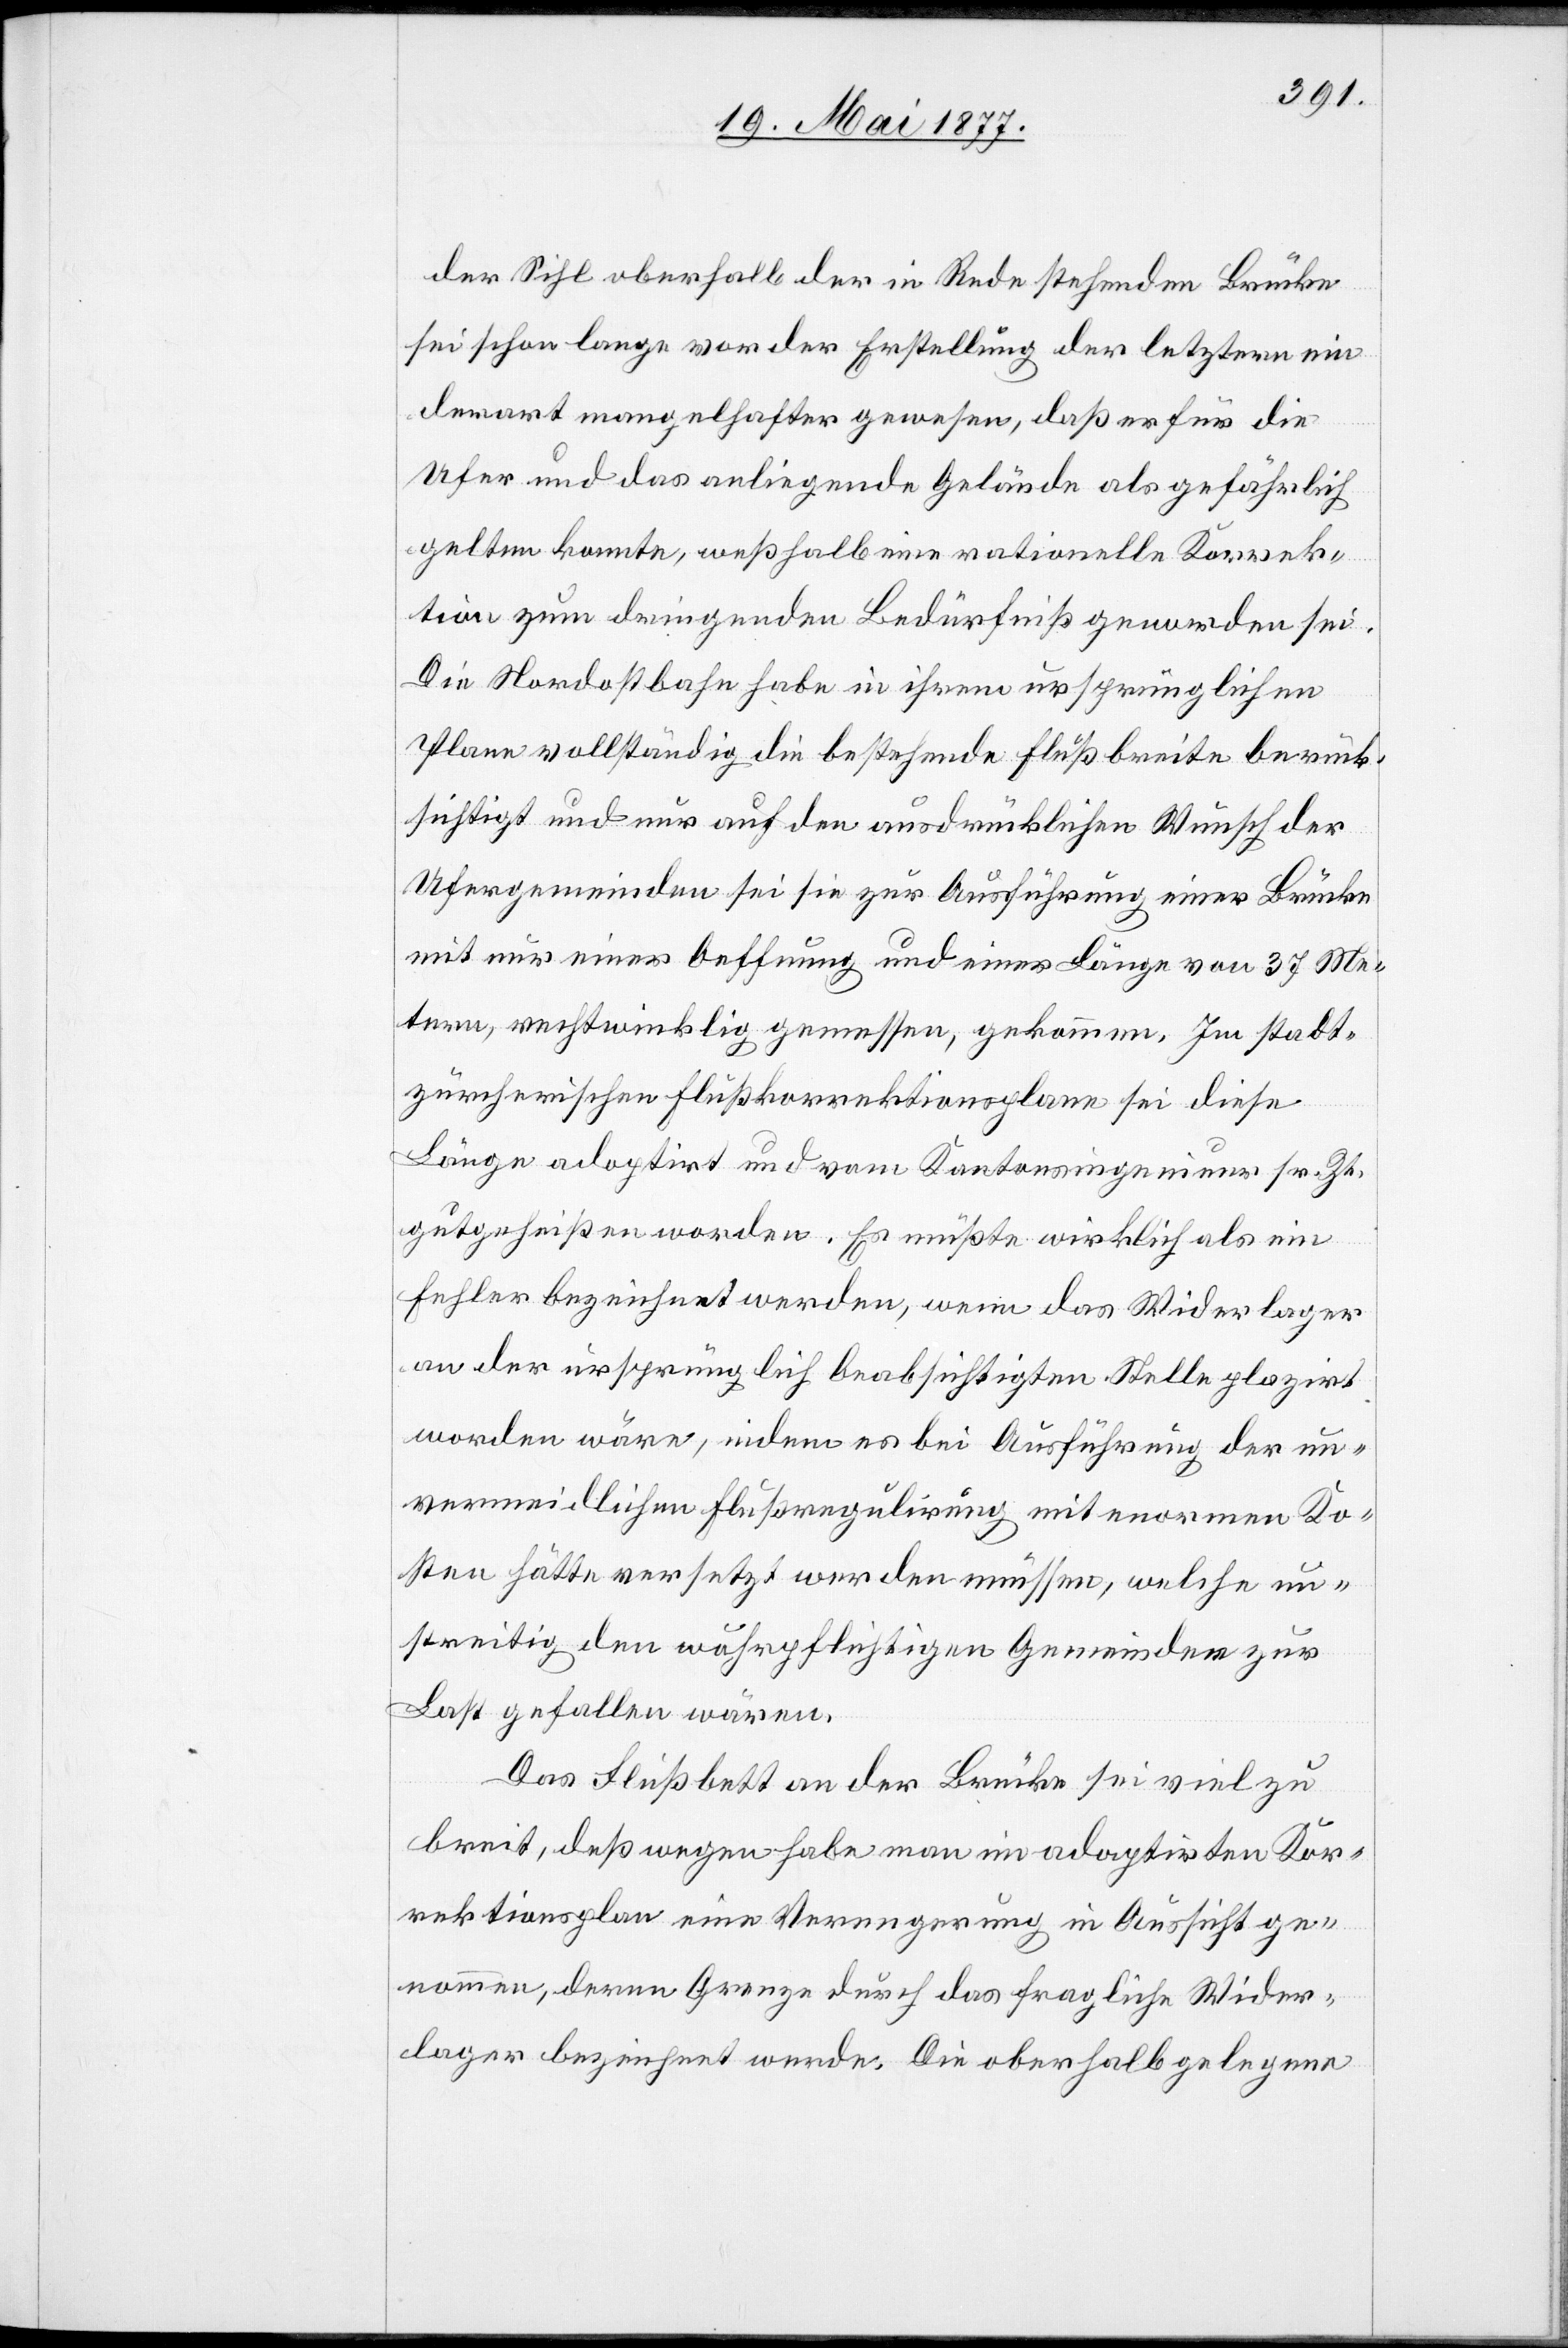
der Sihl oberhalb der in Rede stehenden Brücke
sei schon lang vor der Erstellung der letztern ein
derart mangelhafter gewesen, daß er für die
Ufer und das anliegende Gelände als gefährlich
gelten konnte, weßhalb eine rationelle Korrek¬
tion zum dringenden Bedürfniß geworden sei.
Die Nordostbahn habe in ihrem ursprünglichen
Plane vollständig die bestehende Flußbreite berück¬
sichtigt und nur auf den ausdrücklichen Wunsch der
Ufergemeinden sei sie zur Ausführung einer Brücke
mit nur einer Oeffnung und einer Länge von 37 Me¬
tern, rechtwinklig gemessen, gekommen. Im stadt¬
zürcherischen Flußkorrektionsplane sei diese
Länge adoptirt und vom Kantonsingenieur sr. Zt.
gutgeheißen worden. Es müßte wirklich als ein
Fehler bezeichnet werden, wenn das Widerlager
an der ursprünglich beabsichtigen Stelle plazirt
worden wäre, indem es bei Ausführung der un¬
vermeidlichen Flußregulirung mit enormen Ko¬
sten hätte versetzt werden müssen, welche un¬
streitig den wuhrpflichtigen Gemeinden zur
Last gefallen wären.
Das Flußbett an der Brücke sei viel zu
breit, deßwegen habe man im adoptirten Kor¬
rektionsplan eine Verengerung in Aussicht ge¬
nommen, deren Grenze durch das fragliche Wider¬
lager bezeichnet werde. Die oberhalb gelegene